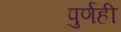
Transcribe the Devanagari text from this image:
पुर्णही